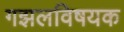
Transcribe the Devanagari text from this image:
गझलविषयक